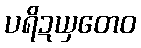
ပရိဍယှတေဝ